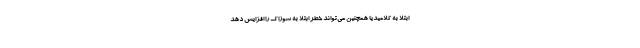
ابتلا به کلامیدیا همچنین می‌تواند خطر ابتلا به سوزاک را افزایش دهد